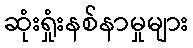
ဆုံးရှုံးနစ်နာမှုများ